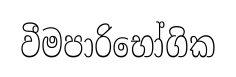
වීමපාරිභෝගික